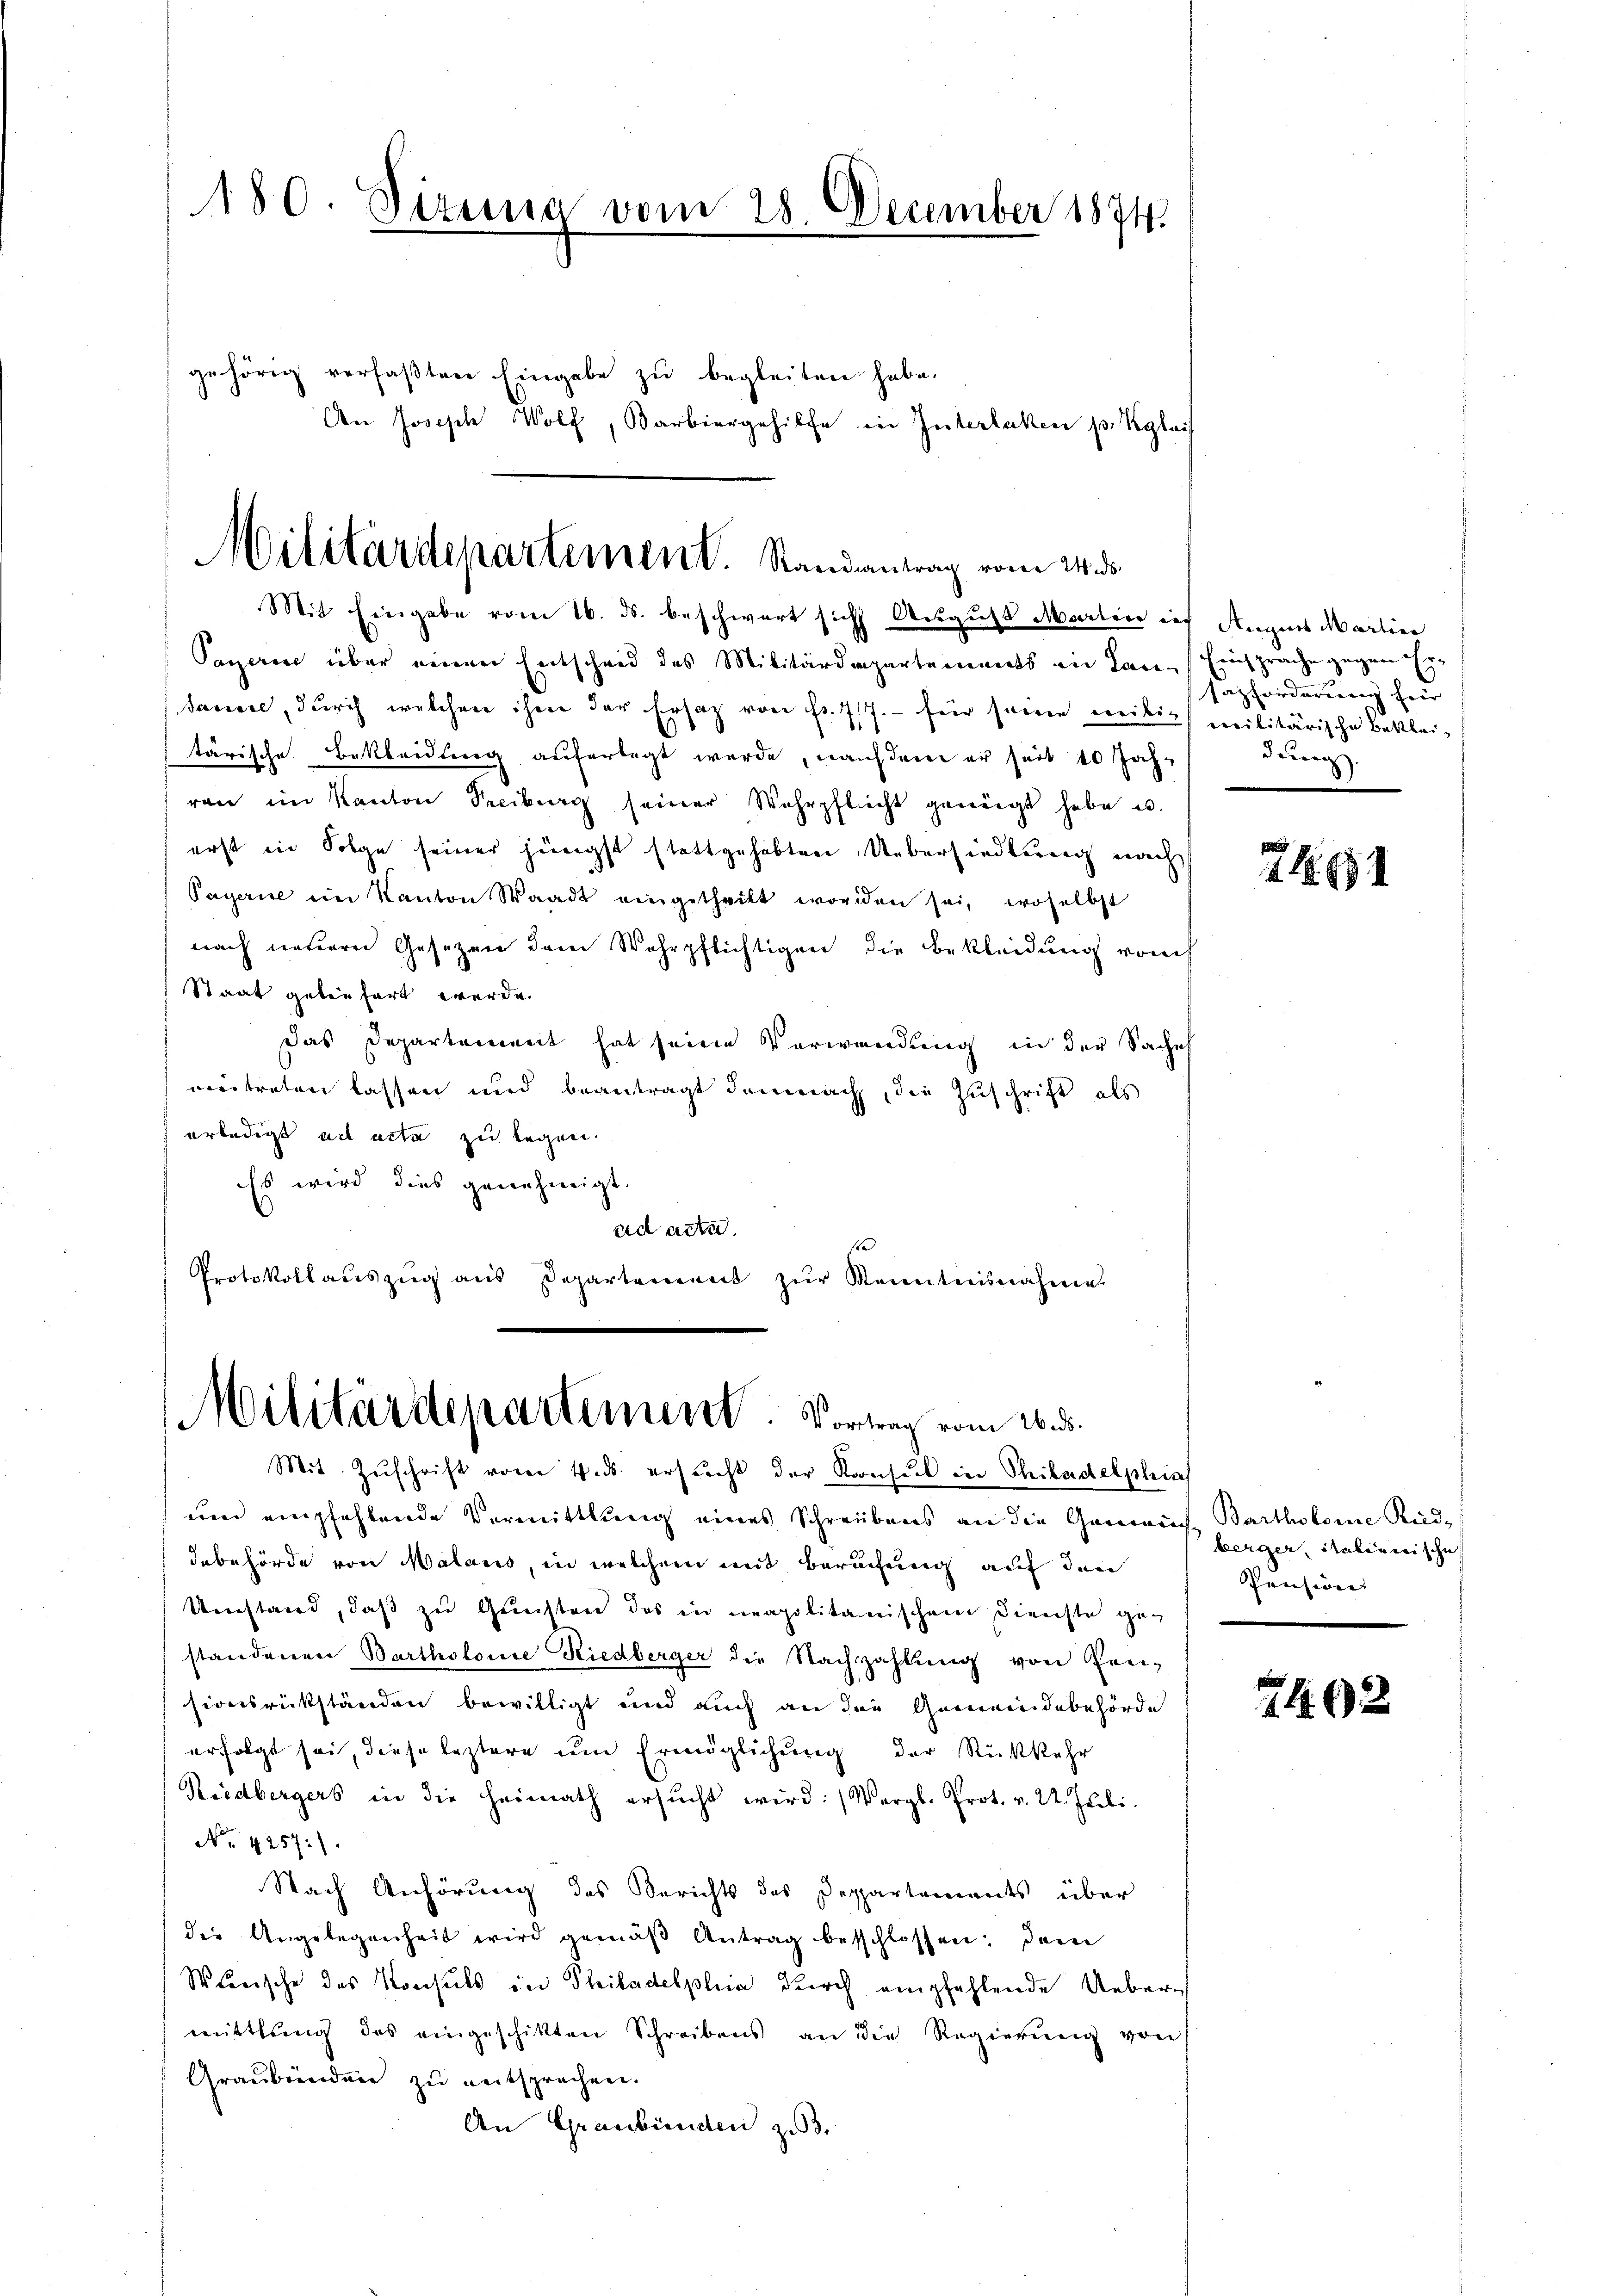
180. Sizung vom 28 December 1874.

gehörig verfaßten Eingabe zu begleiten habe.
An Joseph Wolf, Barbiergehilfe in Interlaken pr. Kglais

Militärdepartement. Randantrag vom 24. ds.

Mit Eingabe vom 16. ds. beschwert sich August Martin ich August Martier
Payerne über einen Entscheid des Militärdepartements in Lan- Einsprache gegen¬
Sauere, durch welchen ihm der Ersatz von Fr. 77.- für seine weitig militärische Bekleitärische Bekleidung auferlegt werde, nachdem er seit 10 Jahr
ren im Kanton Peciburg seiner Wehrpflicht genügt habe u.
erst in Folge seiner jüngst stattgehabten Uebersiedlung nach
Payerne ein Kanton Waadt eingetheilt worden sei, woselbst
nach neuern Gesezen dem Wehrpflichtigen die Bekleidung vom
Staat geben fert werde.
Das Departement hat seine Verwendung in der Sache
vertreten lassen und beantragt demnach, die Zuschrift als
erledigt ad acta zu legen.
Es wird dies genehmigt.
ad acte.
1
Protokollaŭszŭg aŭs Departement zŭr Kenntnisnahme

Militärdepartement. Vortrag vom 20. d.

Mit Zŭschrift vom 4. ds. ersŭcht der Konsul in Philadelphia
um empfehlende Vermittlung eines Schreibens an die Gemach Bartholome Ried-
Inbehörde von Malans, in welchem mit Berufung auf den
Umstand, daß zu Gunsten des in neapolitanischem Dienste ge-
standeren Bartholome Riedberger die Nachzahlŭng von Pen-
sionsrückständen bewilligt und auch an den Gemeindebehörde
erfolgt sei, diese leztere um Ermöglichung der Rückkehr
Reidbergers in die Heimath ersŭcht wird: (Vergl. Prot. v. 22. Juli.
No. 4257)
Nach Anhörung des Berichts des Deppartements über
die Angelegenheit wird gemäβ Antrag beschlossen: dem
Wänische des Konsuls in Philadelphia durch empfehlende Ueber
mittlung des eingeschikten Schreibens an die Regierŭng von
Graubünden zu entsprechen.
An Graubünden zu 3.

.
sazforderung fiir
dung.

71. 691

berger, Salinerische
Pension

7402